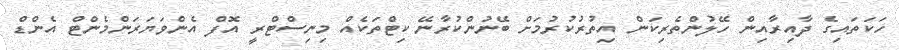
ހަކަތައިގެ ދާއިރާއިން ހޭލުންތެރިކަން އިތުރުކުރުމަށް ބޭނުންކުރާނޭ ކިޓްތަކެއް މިނިސްޓްރީ އޮފް އެންވަޔަރަންމެންޓް އެންޑް